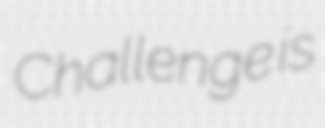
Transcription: Challenge is